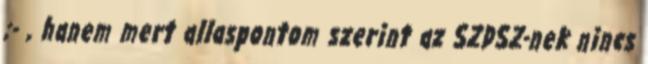
;- , hanem mert allaspontom szerint az SZDSZ-nek nincs